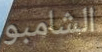
الشامبو